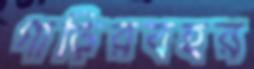
গাড়িরবহর